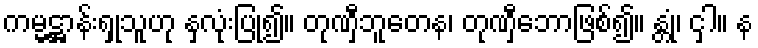
ကမ္မဋ္ဌာန်းရှုသူဟု နှလုံးပြု၍။ တုဏှီဘူတေန၊ တုဏှီဘောဖြစ်၍။ န္တုံ၊ ငှါ။ န